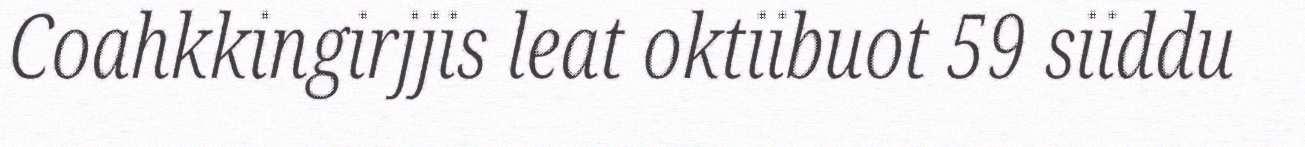
Coahkkingirjjis leat oktiibuot 59 siiddu